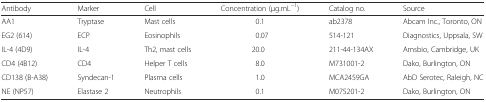
<table><thead><tr><td><b>Antibody</b></td><td><b>Marker</b></td><td><b>Cell</b></td><td><b>Concentration (μg.mL<sup>−1</sup>)</b></td><td><b>Catalog no.</b></td><td><b>Source</b></td></tr></thead><tbody><tr><td>AA1</td><td>Tryptase</td><td>Mast cells</td><td>0.1</td><td>ab2378</td><td>Abcam Inc., Toronto, ON</td></tr><tr><td>EG2 (614)</td><td>ECP</td><td>Eosinophils</td><td>0.07</td><td>514-121</td><td>Diagnostics, Uppsala, SW</td></tr><tr><td>IL-4 (4D9)</td><td>IL-4</td><td>Th2, mast cells</td><td>20.0</td><td>211-44-134AX</td><td>Amsbio, Cambridge, UK</td></tr><tr><td>CD4 (4B12)</td><td>CD4</td><td>Helper T cells</td><td>8.0</td><td>M731001-2</td><td>Dako, Burlington, ON</td></tr><tr><td>CD138 (B-A38)</td><td>Syndecan-1</td><td>Plasma cells</td><td>1.0</td><td>MCA2459GA</td><td>AbD Serotec, Raleigh, NC</td></tr><tr><td>NE (NP57)</td><td>Elastase 2</td><td>Neutrophils</td><td>0.1</td><td>M075201-2</td><td>Dako, Burlington, ON</td></tr></tbody></table>